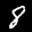
Label: 8